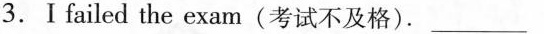
3.Ⅰ failed the exam(考试不及格). ___